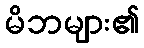
မိဘများ၏